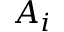
A _ { i }